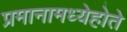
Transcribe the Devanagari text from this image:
प्रमानामध्येहोते